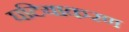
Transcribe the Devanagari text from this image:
घटियाकरण